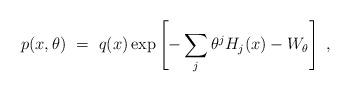
LaTeX: \begin{align*}p(x,\theta)\ =\ q(x) \exp\left[- \sum_{j}\theta^{j}H_{j}(x) - W_{\theta} \right] \ , \end{align*}